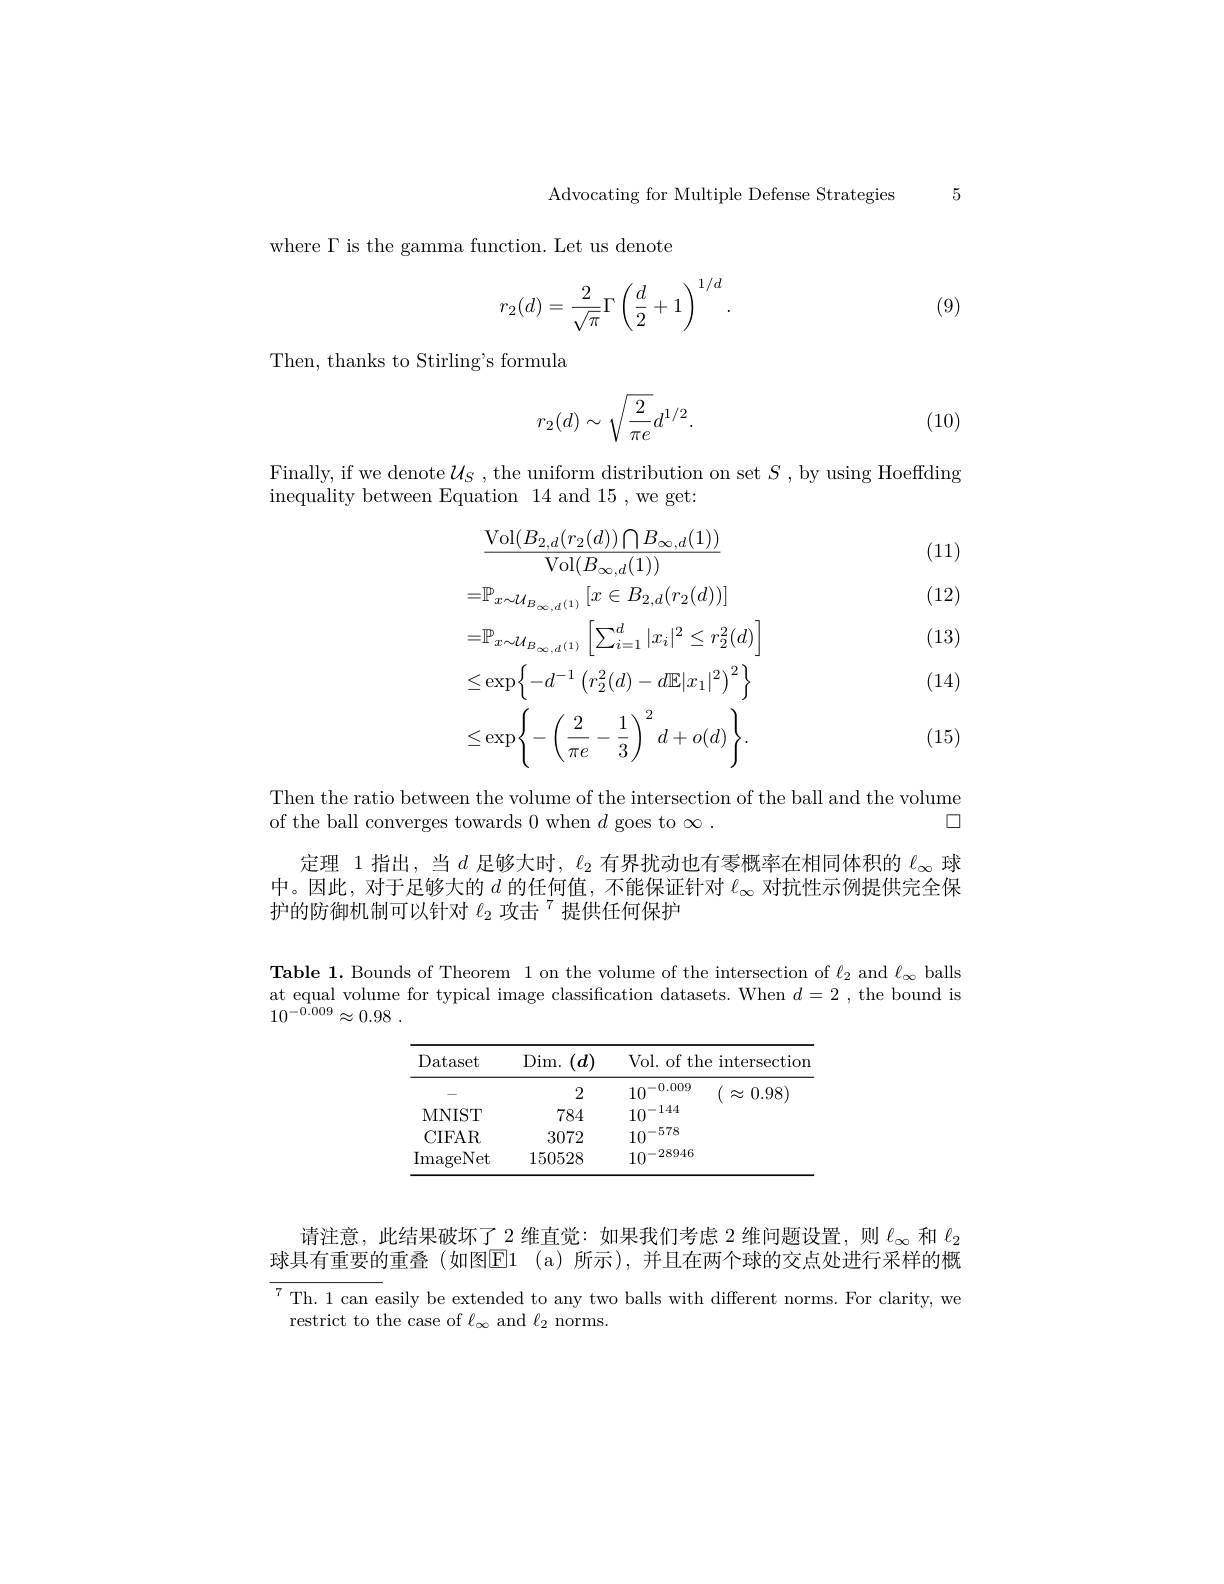
Advocating for Multiple Defense Strategies 5

where $\Gamma$ is the gamma function. Let us denote

(9)
$$r_2(d)=\frac{2}{\sqrt{\pi}}\Gamma\left(\frac{d}{2}+1\right)^{1/d}.$$
Then, thanks to Stirling's formula
$$r_2(d)\sim\sqrt{\frac{2}{\pi e}}d^{1/2}.$$
(10)

Finally, if we denote$\mathcal{U}_S$,the uniform distribution on set $S$, by using Hoeffding
inequality between Equation 14 and 15 , we get:
$$\begin{aligned}&\frac{\mathrm{Vol}(B_{2,d}(r_{2}(d))\bigcap B_{\infty,d}(1))}{\mathrm{Vol}(B_{\infty,d}(1))}\\&=\mathbb{P}_{x\sim\mathcal{U}_{B_{\infty,d}(1)}}\left[x\in B_{2,d}(r_{2}(d))\right]\\&=\mathbb{P}_{x\sim\mathcal{U}_{B_{\infty,d}(1)}}\left[\sum_{i=1}^{d}|x_{i}|^{2}\leq r_{2}^{2}(d)\right]\\&\leq\exp\biggl\{-d^{-1}\left(r_{2}^{2}(d)-d\mathbb{E}|x_{1}|^{2}\right)^{2}\biggr\}\\&\leq\exp\biggl\{-\biggl(\frac{2}{\pi e}-\frac{1}{3}\biggr)^{2}d+o(d)\biggr\}.\end{aligned}$$
(11)

(12)

(13)

(14)

(15)

Then the ratio between the volume of the intersection of the ball and the volume
口
of the ball converges towards 0 when $d$ goes to $\infty.$

定理 1指出，当$d$足够大时，$\ell_2$有界扰动也有零概率在相同体积的$\ell_\infty$球中。因此，对于足够大的$d$的任何值，不能保证针对$\ell_\infty$对抗性示例提供完全保护的防御机制可以针对 $\ell_2\text{ 攻击}^{7}$提供任何保护

Table 1. Bounds of Theorem 1 on the volume of the intersection of $\ell_2$ and $\ell_\infty$ balls at equal volume for typical image classification datasets. When $d=2$ ,the bound is $10^{- 0. 009}\approx 0. 98$ .

<table>
	<tbody>
		<tr>
			<th>Dataset</th>
			<th>Dim. $(d)$</th>
			<th>Vol. of the intersectior</th>
		</tr>
		<tr>
			<td> </td>
			<td>2</td>
			<td>( $\approx$ 0.98) $10^{-0.009}$</td>
		</tr>
		<tr>
			<td>MNIST</td>
			<td>784</td>
			<td>$10^{-144}$</td>
		</tr>
		<tr>
			<td>CIFAR</td>
			<td>3072</td>
			<td>$10^{-578}$</td>
		</tr>
		<tr>
			<td>ImageNet</td>
			<td>150528</td>
			<td>$10^{-28946}$</td>
		</tr>
	</tbody>
</table>

请注意，此结果破坏了2 维直觉：如果我们考虑 2 维问题设置，则$\ell_\infty$和$\ell_2$ 球具有重要的重叠(如图$\boxed{\mathrm{E} }1$ (a)所示),并且在两个球的交点处进行采样的概$\overline{^{7}\text{Th.1 can e}}$asily be extended to any two balls with different norms. For clarity, we restrict to the case of $\ell_\infty$ and $\ell_2$ norms